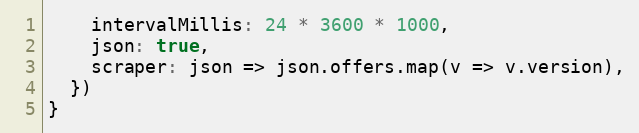
Language: JavaScript
    intervalMillis: 24 * 3600 * 1000,
    json: true,
    scraper: json => json.offers.map(v => v.version),
  })
}